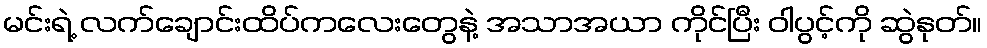
မင်းရဲ့ လက်ချောင်းထိပ်ကလေးတွေနဲ့ အသာအယာ ကိုင်ပြီး ဝါပွင့်ကို ဆွဲနုတ်။